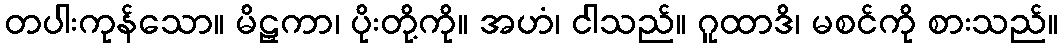
တပါးကုန်သော။ မိဠှကာ၊ ပိုးတို့ကို။ အဟံ၊ ငါသည်။ ဂူထာဒိ၊ မစင်ကို စားသည်။